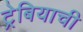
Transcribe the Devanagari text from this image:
ट्रेबियाची